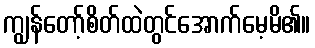
ကျွန်တော့်စိတ်ထဲတွင်အောက်မေ့မိ၏။